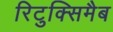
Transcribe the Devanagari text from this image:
रिटुक्सिमैब